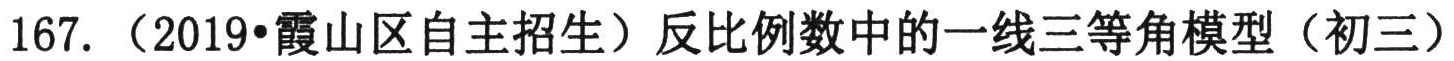
167.（2019•霞山区自主招生）反比例数中的一线三等角模型（初三）